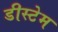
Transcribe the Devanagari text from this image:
डीस्टेम